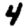
Digit: 4